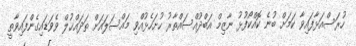
ހުރަސްއަޅާފައިވާ ކަމަށް ބުނެ ކޮއްކޯފުޅު ނާޒިމް އަބްދުއްސައްތާރު ހުށަހެޅުއްވި މައްސަލައަށް ތަދައްޚުލް ވެވަޑައިގެންފައިވާތީ